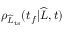
\rho _ { \widehat { L } _ { \mathrm { t s } } } ( t _ { f } | \widehat { L } , t )